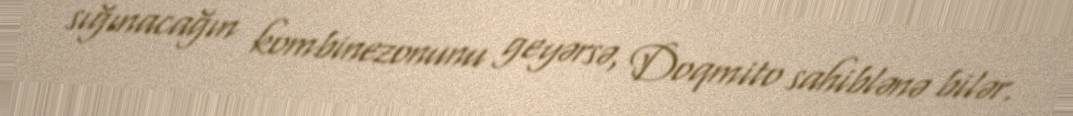
sığınacağın kombinezonunu geyərsə, Doqmito sahiblənə bilər.